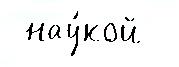
 нау́кой